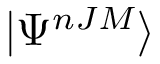
\vert \Psi ^ { n J M } \rangle